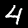
Digit: 4